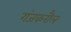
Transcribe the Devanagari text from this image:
गंजकरौल